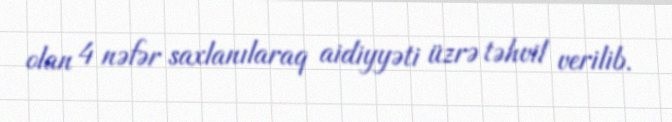
olan 4 nəfər saxlanılaraq aidiyyəti üzrə təhvil verilib.